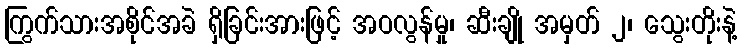
ကြွက်သားအစိုင်အခဲ ရှိခြင်းအားဖြင့် အဝလွန်မှု၊ ဆီးချို အမှတ် ၂၊ သွေးတိုးနဲ့